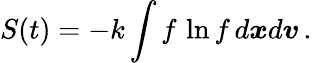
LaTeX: S(t)=-k\int f\, \ln f\, d\boldsymbol{x}d\boldsymbol{v}\, .